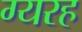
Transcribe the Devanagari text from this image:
ग्यरह